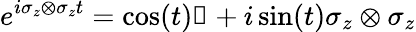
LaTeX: e^{i\sigma_{z}\otimes\sigma_{z}t}=\cos(t)\mathbb{1}+i\sin(t)\sigma_{z}\otimes\sigma_{z}